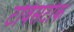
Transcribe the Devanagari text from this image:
टविसटोक